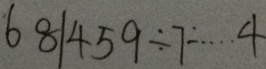
6 8 \vert 4 5 9 \div 7 \cdots 4